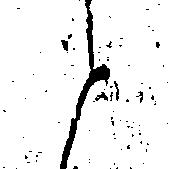
と